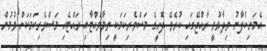
އެމަނިކުފާނު ވިދާޅުވީ ރާއްޖޭގައި ކުރެވޭ ދޮށީގެ މަސްވެރިކަމަކީ ތިމާވެއްޓާއި ރައްޓެހި މަސްވެރިކަމަކަށް ވުމުން